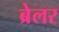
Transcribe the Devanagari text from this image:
ब्रेलर